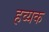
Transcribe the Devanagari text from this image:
हव्यक